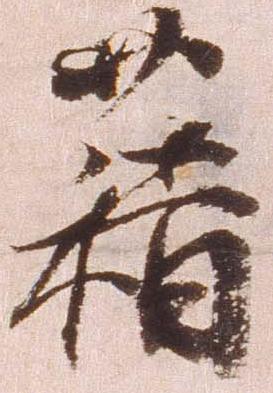
藉